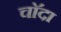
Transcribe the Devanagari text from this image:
चाॅदा